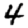
Digit: 4